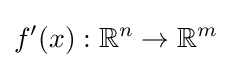
f'(x):\mathbb {R} ^{n}\to \mathbb {R} ^{m}